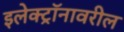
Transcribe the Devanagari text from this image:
इलेक्ट्रॉनावरील